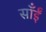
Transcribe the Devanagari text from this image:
साँईं